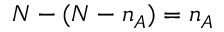
N - ( N - n _ { A } ) = n _ { A }